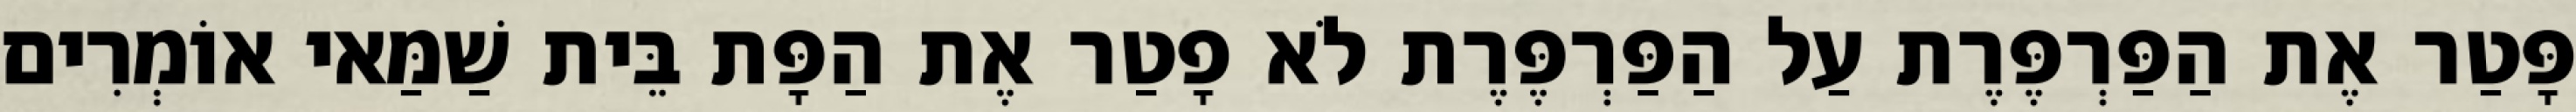
פָּטַר אֶת הַפַּרְפֶּרֶת עַל הַפַּרְפֶּרֶת לֹא פָטַר אֶת הַפָּת בֵּית שַׁמַּאי אוֹמְרִים